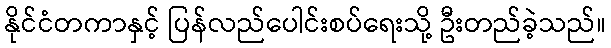
နိုင်ငံတကာနှင့် ပြန်လည်ပေါင်းစပ်ရေးသို့ ဦးတည်ခဲ့သည်။